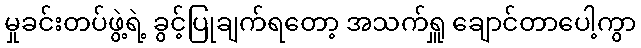
မှုခင်းတပ်ဖွဲ့ရဲ့ ခွင့်ပြုချက်ရတော့ အသက်ရှူ ချောင်တာပေါ့ကွာ